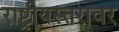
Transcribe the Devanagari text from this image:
राष्ट्रीयस्तरावर